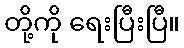
တို့ကို ရေးပြီးပြီ။